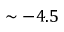
\sim - 4 . 5